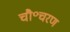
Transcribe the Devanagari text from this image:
चौ॰चरण